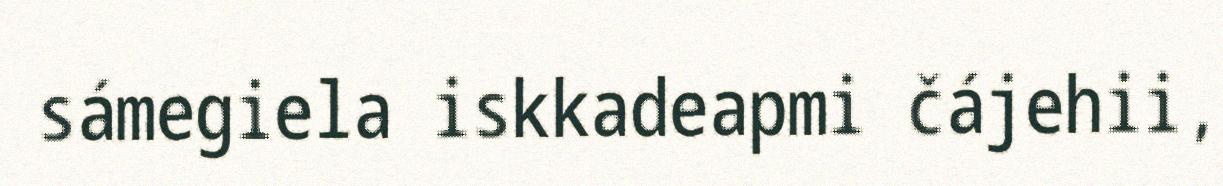
sámegiela iskkadeapmi čájehii,